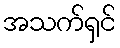
အသက်ရှင်